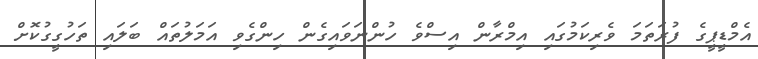
އެމްޑީޕީގެ ފުރަތަމަ ވެރިކަމުގައި އިމްރާން އިސްވެ ހުންނަވައިގެން ހިންގެވި އަމަލުތައް ބަލައި ތަހުގީގުކޮށް